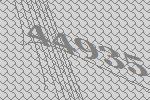
44935